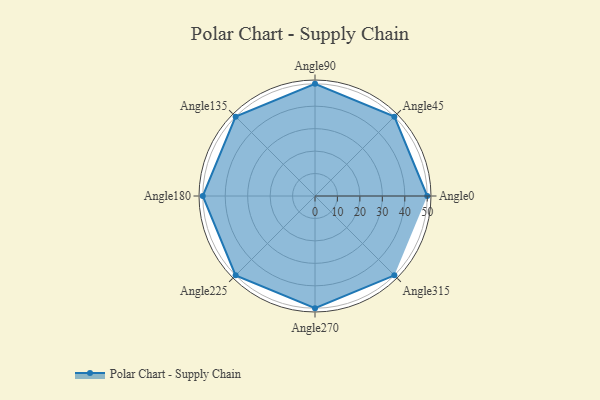
{"axis": {"x": "Angle", "y": "Radius"}, "legend": [""], "data": [{"x": "Angle0", "y": 50, "type": ""}, {"x": "Angle45", "y": 50, "type": ""}, {"x": "Angle90", "y": 50, "type": ""}, {"x": "Angle135", "y": 50, "type": ""}, {"x": "Angle180", "y": 50, "type": ""}, {"x": "Angle225", "y": 50, "type": ""}, {"x": "Angle270", "y": 50, "type": ""}, {"x": "Angle315", "y": 50, "type": ""}]}